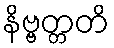
နိဗ္ဗတ္တတိ